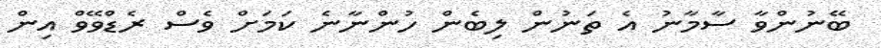
ބޭނުންވާ ސާމާނު އެ ތަނުން ލިބެން ހުންނާނެ ކަމަށް ވެސް ރެޑްވޭވް އިން